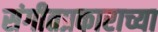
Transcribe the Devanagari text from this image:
संगीतप्रकाराच्या